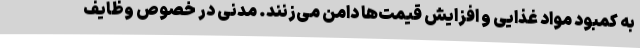
به کمبود مواد غذایی و افزایش قیمت‌ها دامن می‌زنند. مدنی در خصوص وظایف